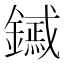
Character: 𨭟